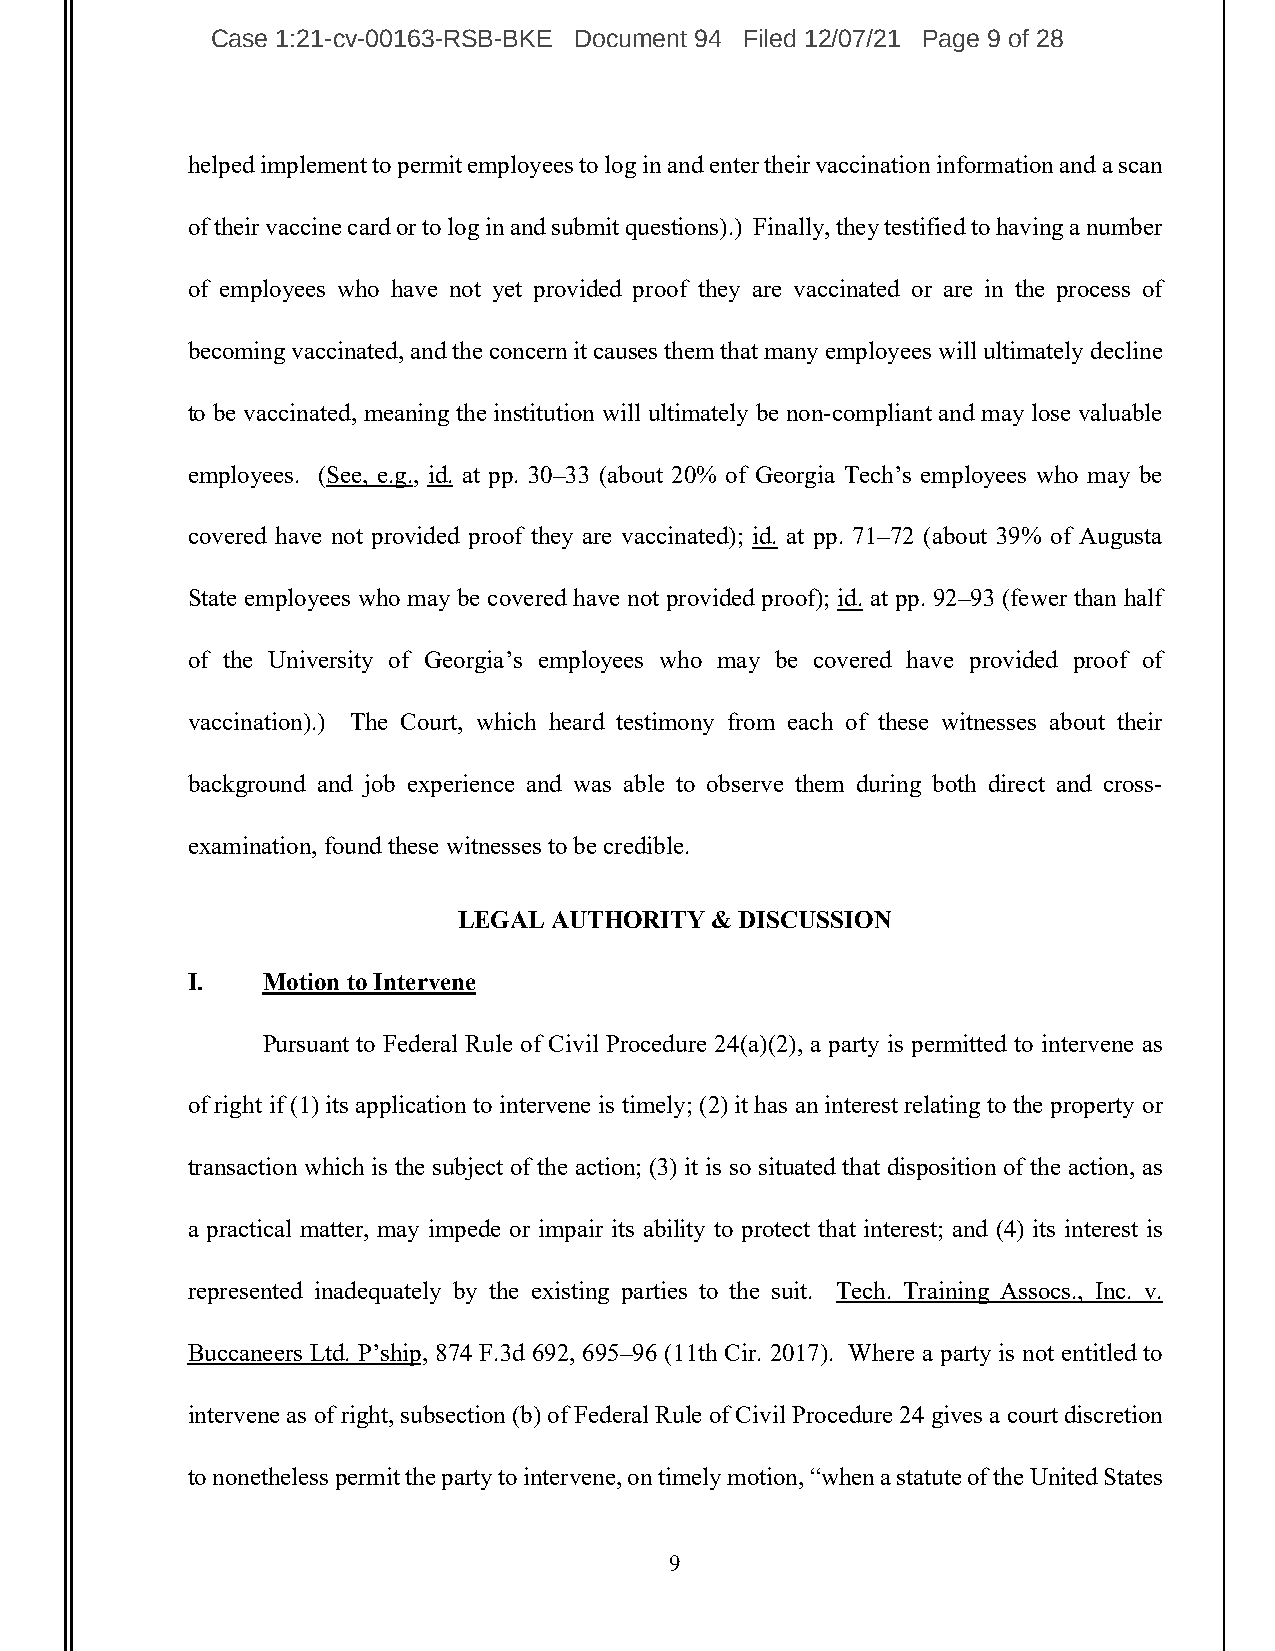
Case 1:21-cv-00163-RSB-BKE Document 94 Filed 12/07/21 Page 9 of 28
 helped implement to permit employees to log in and enter their vaccination information and a scan
 of their vaccine card or to log in and submit questions).) Finally, they testified to having a number
 of employees who have not yet provided proof they are vaccinated or are in the process of
 becoming vaccinated, and the concern it causes them that many employees will ultimately decline
 to be vaccinated, meaning the institution will ultimately be non-compliant and may lose valuable
 employees. (See, e.g., id. at pp. 30–33 (about 20% of Georgia Tech’s employees who may be
 covered have not provided proof they are vaccinated); id. at pp. 71–72 (about 39% of Augusta
 State employees who may be covered have not provided proof); id. at pp. 92–93 (fewer than half
 of the University of Georgia’s employees who may be covered have provided proof of
 vaccination).) The Court, which heard testimony from each of these witnesses about their
 background and job experience and was able to observe them during both direct and cross-
 examination, found these witnesses to be credible.
 LEGAL  AUTHORITY & DISCUSSION
 I.   Motion to Intervene
 Pursuant to Federal Rule of Civil Procedure 24(a)(2), a party is permitted to intervene as
 of right if (1) its application to intervene is timely; (2) it has an interest relating to the property or
 transaction which is the subject of the action; (3) it is so situated that disposition of the action, as
 a practical matter, may impede or impair its ability to protect that interest; and (4) its interest is
 represented inadequately by the existing parties to the suit. Tech. Training Assocs., Inc. v.
 Buccaneers Ltd. P’ship, 874 F.3d 692, 695–96 (11th Cir. 2017). Where a party is not entitled to
 intervene as of right, subsection (b) of Federal Rule of Civil Procedure 24 gives a court discretion
 to nonetheless permit the party to intervene, on timely motion, “when a statute of the United States
 9